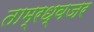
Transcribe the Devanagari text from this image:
ताम्रध्वजर